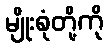
မျိုးစုံတို့ကို